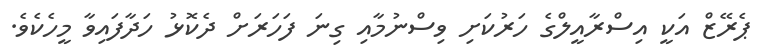
ޕެރޭޒް އަކީ އިސްރާއީލްގެ ހަރުކަށި ވިސްނުމާއި ގިނަ ފަހަރަށް ދެކޮޅު ހަދާފައިވާ މީހެކެވެ.